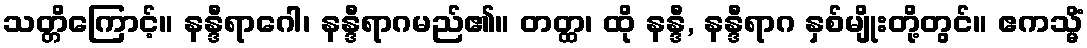
သတ္တိကြောင့်။ နန္ဒီရာဂေါ၊ နန္ဒီရာဂမည်၏။ တတ္ထ၊ ထို နန္ဒီ, နန္ဒီရာဂ နှစ်မျိုးတို့တွင်။ ဧကသ္မိံ